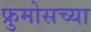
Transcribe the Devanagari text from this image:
फ्रुमोसच्या